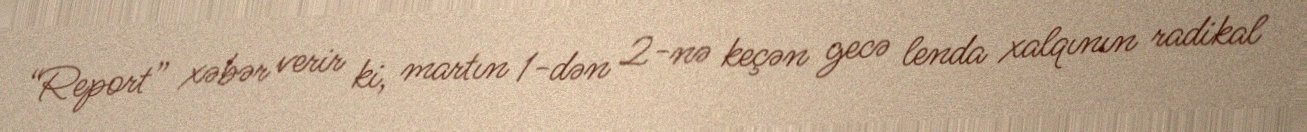
“Report” xəbər verir ki, martın 1-dən 2-nə keçən gecə lenda xalqının radikal